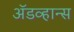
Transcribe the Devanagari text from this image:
अॅडव्हान्स